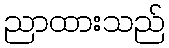
ညာထားသည်